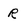
Character: R